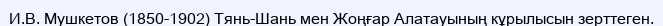
И.В. Мушкетов (1850-1902) Тянь-Шань мен Жоңғар Алатауының кұрылысын зерттеген.